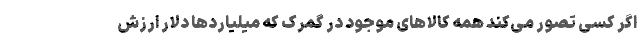
اگر کسی تصور می‌کند همه کالاهای موجود در گمرک که میلیاردها دلار ارزش